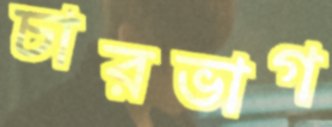
চারভাগ